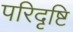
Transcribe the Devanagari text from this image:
परिदृष्टि